Insane asylums Bombay 1873-77 - 1873-1877
Year: 1873
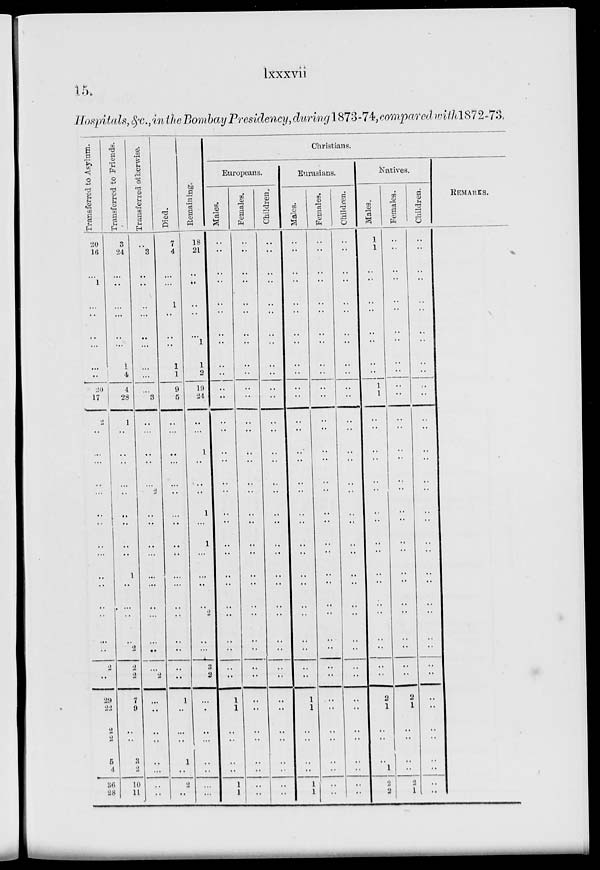
lxxxvii
15.
Hospitals, &c., in the Bombay Presidency, during 1873-74, compared with 1872-73.
Transferred to Asylum.
20
16
..
1
..
..
..
..
..
..
20
17
2
..
..
..
..
..
..
..
..
..
..
..
..
..
..
..
2
..
29
22
2
2
5
4
36
28
Transferred to Friends.
3
24
..
..
..
..
..
..
1
4
4
28
1
..
..
..
..
..
..
..
..
..
1
..
..
..
..
2
2
2
7
9
..
..
3
2
10
11
Transferred otherwise.
..
3
..
..
..
..
..
..
..
..
..
3
..
..
..
..
..
2
..
..
..
..
..
..
..
..
..
..
..
2
..
..
..
..
..
..
..
..
Died.
7
4
..
..
1
..
..
..
1
1
9
5
..
..
..
..
..
..
..
..
..
..
..
..
..
..
..
..
..
..
1
..
..
..
1
..
2
..
Remaining.
18
21
..
..
..
..
..
1
1
2
19
24
..
..
1
..
..
..
1
..
1
..
..
..
..
2
..
..
3
2
..
..
..
..
..
..
..
..
Christians.
Europeans.
Males.
..
..
..
..
..
..
..
..
..
..
..
..
..
..
..
..
..
..
..
..
..
..
..
..
..
..
..
..
..
1
1
..
..
..
..
1
1
Females.
..
..
..
..
..
..
..
..
..
..
..
..
..
..
..
..
..
..
..
..
..
..
..
..
..
..
..
..
..
..
..
..
..
..
..
..
..
..
Children.
..
..
..
..
..
..
..
..
..
..
..
..
..
..
..
..
..
..
..
..
..
..
..
..
..
..
..
..
..
..
..
..
..
..
..
..
..
..
Eurasians.
Males.
..
..
..
..
..
..
..
..
..
..
..
..
..
..
..
..
..
..
..
..
..
..
..
..
..
..
..
..
..
..
1
1
..
..
..
..
1
1
Females.
..
..
..
..
..
..
..
..
..
..
..
..
..
..
..
..
..
..
..
..
..
..
..
..
..
..
..
..
..
..
..
..
..
..
..
..
..
..
Children.
..
..
..
..
..
..
..
..
..
..
..
..
..
..
..
..
..
..
..
..
..
..
..
..
..
..
..
..
..
..
..
..
..
..
..
..
..
..
Natives.
Males.
1
1
..
..
..
..
..
..
..
..
1
1
..
..
..
..
..
..
..
..
..
..
..
..
..
..
..
..
..
..
2
1
..
..
..
1
2
2
Females.
..
..
..
..
..
..
..
..
..
..
..
..
..
..
..
..
..
..
..
..
..
..
..
..
..
..
..
..
..
..
2
1
..
..
..
..
2
1
Children.
..
..
..
..
..
..
..
..
..
..
..
..
..
..
..
..
..
..
..
..
..
..
..
..
..
..
..
..
..
..
..
..
..
..
..
..
..
..
REMARKS.